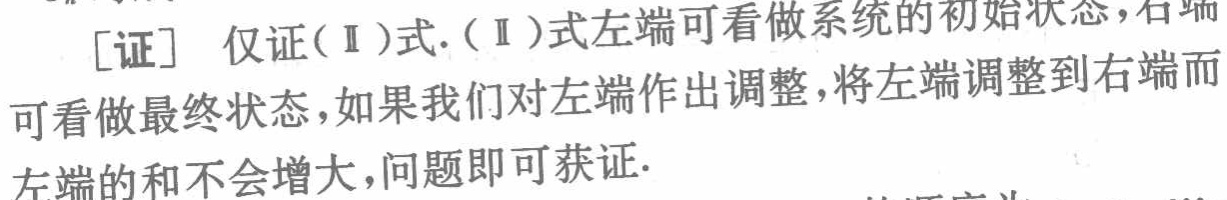
[证] 仅证(Ⅱ)式.(Ⅱ)式左端可看做系统的初始状态, 右端

可看做最终状态,如果我们对左端作出调整,将左端调整到右端而

左端的和不会增大,问题即可获证.